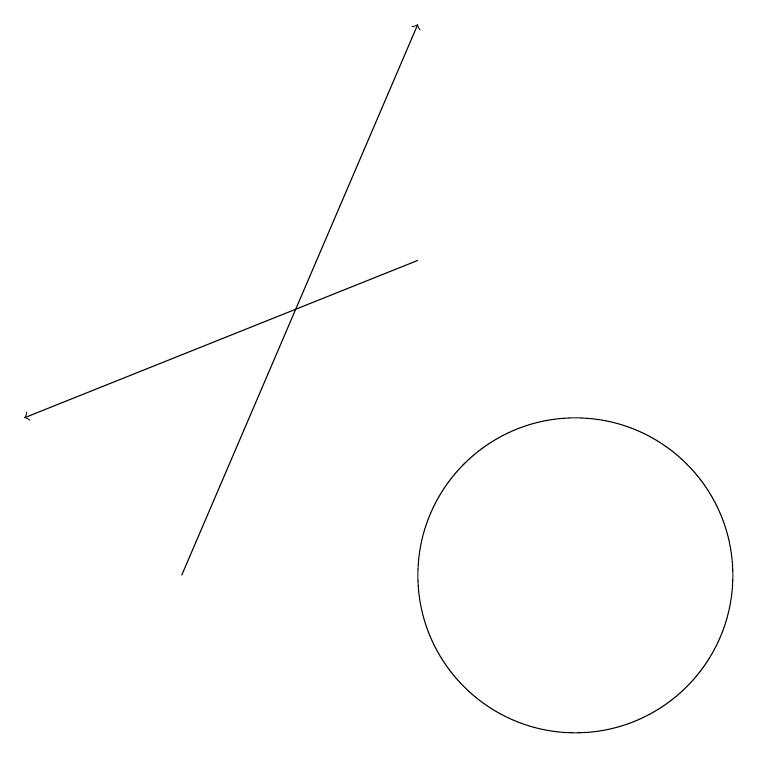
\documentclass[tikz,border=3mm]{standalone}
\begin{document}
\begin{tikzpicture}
\draw[->] (9,16) -- (4,14);
\draw (12,10) circle (0);
\draw (11,12) circle (2);
\draw[->] (6,12) -- (9,19);
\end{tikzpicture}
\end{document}